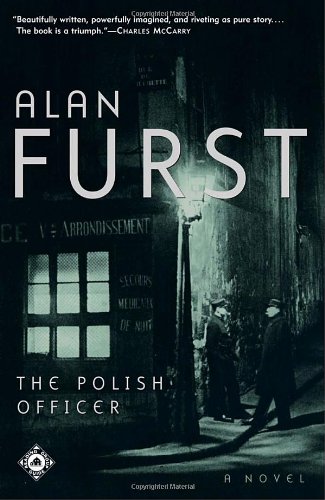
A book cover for The Polish Officer: A Novel; Alan Furst; Mystery, Thriller & Suspense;